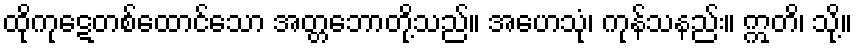
ထိုကုဋေတစ်ထောင်သော အတ္တဘောတို့သည်။ အဟေသုံ၊ ကုန်သနည်း။ ဣတိ၊ သို့။